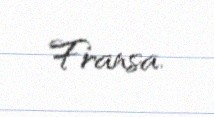
Fransa.